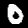
Digit: 0